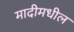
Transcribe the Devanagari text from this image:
मादीमधील